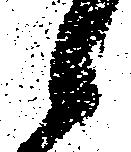
候